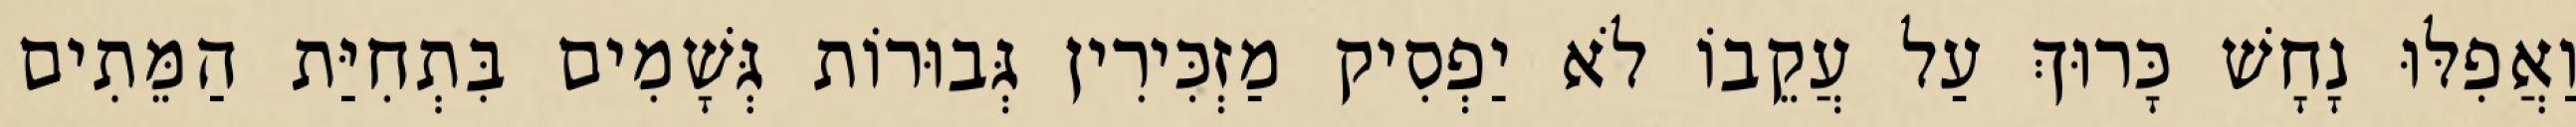
וַאֲפִלּוּ נָחָשׁ כָּרוּךְ עַל עֲקֵבוֹ לֹא יַפְסִיק מַזְכִּירִין גְּבוּרוֹת גְּשָׁמִים בִּתְחִיַּת הַמֵּתִים